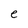
Character: e